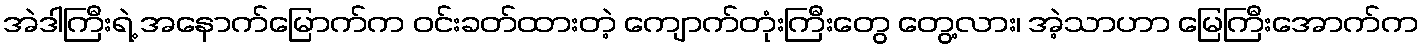
အဲဒါကြီးရဲ့ အနောက်မြောက်က ဝင်းခတ်ထားတဲ့ ကျောက်တုံးကြီးတွေ တွေ့လား၊ အဲ့သာဟာ မြေကြီးအောက်က